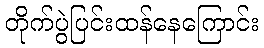
တိုက်ပွဲပြင်းထန်နေကြောင်း